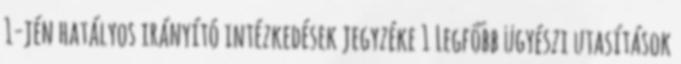
1-jén hatályos irányító intézkedések jegyzéke 1 Legfőbb ügyészi utasítások